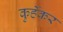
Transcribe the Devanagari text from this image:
कुर्हेकर